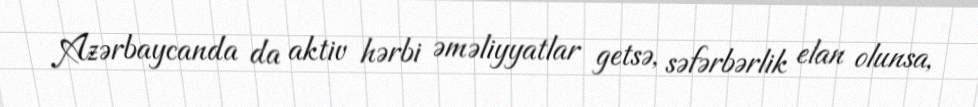
Azərbaycanda da aktiv hərbi əməliyyatlar getsə, səfərbərlik elan olunsa,